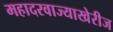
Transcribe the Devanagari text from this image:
महादरवाज्याखेरीज